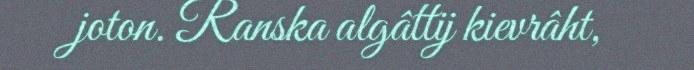
joton. Ranska algâttij kievrâht,